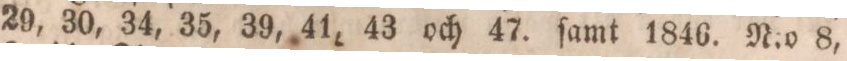
29, 30, 34, 35, 39, 41, 43 och 47. ſamt 1846. N:o 8,